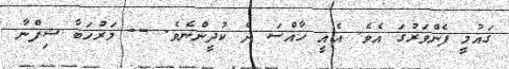
ގައުމީ ފެންވަރުގަ އެވެ. އެއީ ހާއްސަ ދެ ކުދީންނެވެ. -- މަރުހަބާ ޝިފްނާ